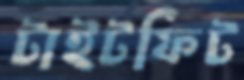
টাইটফিট